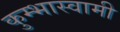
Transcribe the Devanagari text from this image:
कुम्भास्वामी